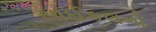
સાઈકલનો